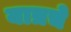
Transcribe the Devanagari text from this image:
यात्रचे